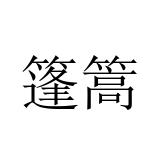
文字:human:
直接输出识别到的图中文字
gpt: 篷篙